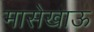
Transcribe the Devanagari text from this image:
मासेखाऊ